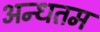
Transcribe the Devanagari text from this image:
अन्धतम